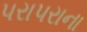
પરાપરાના